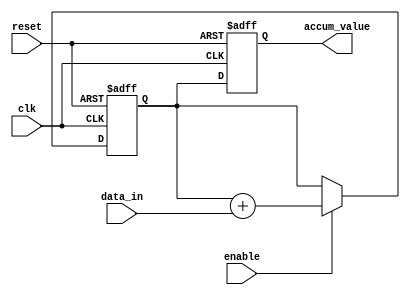
module parallel_accumulator (
    input wire clk,
    input wire reset,
    input wire enable,
    input wire [7:0] data_in,
    output reg [15:0] accum_value
);

reg [15:0] accum_temp;

always @(posedge clk or posedge reset) begin
    if (reset) begin
        accum_temp <= 16'b0;
        accum_value <= 16'b0;
    end else begin
        if (enable) begin
            accum_temp <= accum_temp + {8'b0, data_in}; // add input data with padding zeros
        end
        accum_value <= accum_temp;
    end
end

endmodule